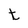
Character: t